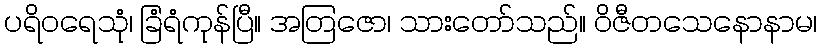
ပရိဝရေသုံ၊ ခြံရံကုန်ပြီ။ အတြဇော၊ သားတော်သည်။ ဝိဇီတသေနောနာမ၊